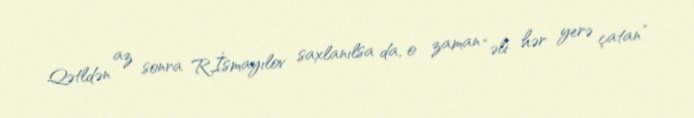
Qətldən az sonra R.İsmayılov saxlanılsa da, o zaman “əli hər yerə çatan”